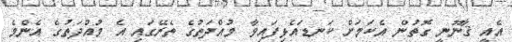
އެއީ ޤާނޫނީ ގޮތުން އެކަމަށް ކަނޑައެޅިފައިވާ މުއްދަތުގެ ތެރޭގައި އެ މުއްދަތުގެ އެންމެ